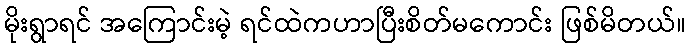
မိုးရွာရင် အကြောင်းမဲ့ ရင်ထဲကဟာပြီးစိတ်မကောင်း ဖြစ်မိတယ်။